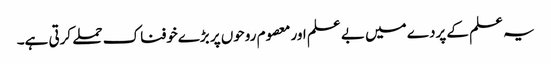
یہ علم کے پردے میں بے علم اور معصوم روحوں پر بڑےخوفناک حملے کرتی ہے۔